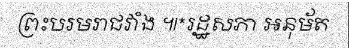
ព្រះបរមរាជវាំង ៕*រដ្ឋសភា អនុម័ត